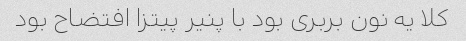
کلا یه نون بربری بود با پنیر پیتزا افتضاح بود